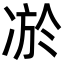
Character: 𭂔